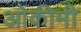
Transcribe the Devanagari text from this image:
ओकीमी